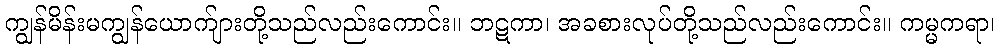
ကျွန်မိန်းမကျွန်ယောက်ျားတို့သည်လည်းကောင်း။ ဘဋကာ၊ အခစားလုပ်တို့သည်လည်းကောင်း။ ကမ္မကရာ၊